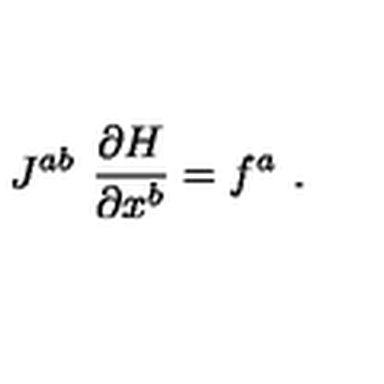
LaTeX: J ^ { a b } \ \frac { \partial H } { \partial x ^ { b } } = f ^ { a } \ .